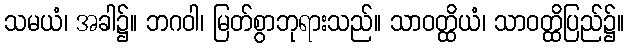
သမယံ၊ အခါ၌။ ဘဂဝါ၊ မြတ်စွာဘုရားသည်။ သာဝတ္ထိယံ၊ သာဝတ္ထိပြည်၌။